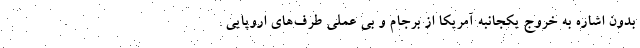
بدون اشاره به خروج یکجانبه آمریکا از برجام و بی عملی طرف‌های اروپایی